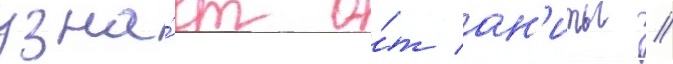
узна́ет о́т ан'иты //